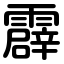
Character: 霹